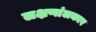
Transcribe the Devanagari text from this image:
लक्षणांलकार